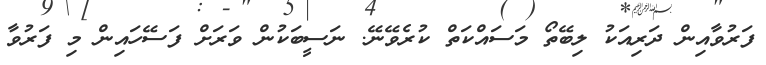
ފަރުވާއިން ދަރިއަކު ލިބޭތޯ މަސައްކަތް ކުރެވޭނޭ. ނަސީބަކުން ވަރަށް ފަސޭހައިން މި ފަރުވާ